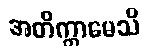
အတိက္ကာမေသိ